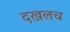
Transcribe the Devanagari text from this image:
दखलच